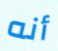
أنه